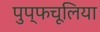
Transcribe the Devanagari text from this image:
पुप्फचूलिया